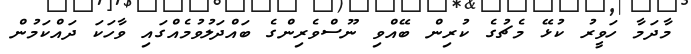
މާދަމާ ހަވީރު ކުޅޭ މެޗުގެ ކުރިން ބޭއްވި ނޫސްވެރިންގެ ބައްދަލުވުމެއްގައި ވާހަކަ ދައްކަމުން